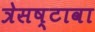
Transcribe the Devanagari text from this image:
त्रेसष्टावा